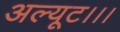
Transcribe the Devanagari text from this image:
अल्यूट।।।